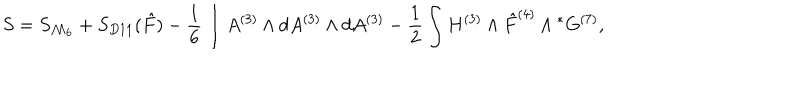
S = S _ { { \cal M } _ { 6 } } + S _ { D 1 1 } ( { \hat { F } } ) - { \frac { 1 } { 6 } } \int A ^ { ( 3 ) } \wedge d A ^ { ( 3 ) } \wedge d A ^ { ( 3 ) } - { \frac { 1 } { 2 } } \int H ^ { ( 3 ) } \wedge { \hat { F } } ^ { ( 4 ) } \wedge { } ^ { * } G ^ { ( 7 ) } ,